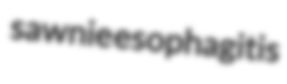
sawnie esophagitis